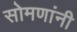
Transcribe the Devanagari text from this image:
सोमणांनी